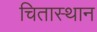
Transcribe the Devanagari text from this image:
चितास्थान